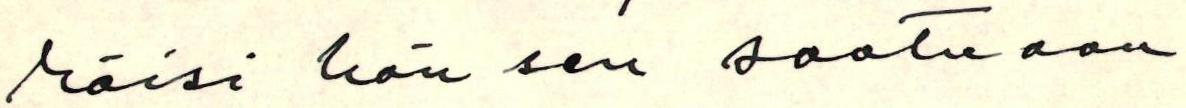
räisi hän sen saatuaan